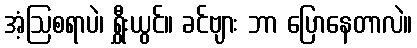
အံ့ဩစရာပဲ၊ ရွှီးယွင်။ ခင်ဗျား ဘာ ပြောနေတာလဲ။